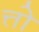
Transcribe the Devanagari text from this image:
त्तो